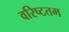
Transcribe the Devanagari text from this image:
वरिष्‍टतम